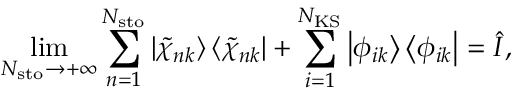
\operatorname* { l i m } _ { N _ { \mathrm { s t o } } \rightarrow + \infty } \sum _ { n = 1 } ^ { N _ { \mathrm { s t o } } } \left| \tilde { \chi } _ { n k } \right\rangle \left\langle \tilde { \chi } _ { n k } \right| + \sum _ { i = 1 } ^ { N _ { \mathrm { K S } } } \left| \phi _ { i k } \right\rangle \left\langle \phi _ { i k } \right| = \hat { I } ,